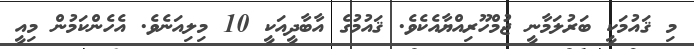
މި ޤައުމަކީ ބަރުލަމާނީ ޖުމްހޫރިއްޔާއެކެވެ. ޤައުމުގެ އާބާދީއަކީ 10 މިލިއަނެވެ. އެހެންކަމުން މިއީ